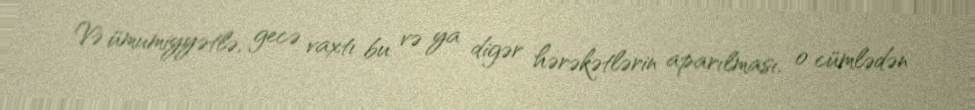
Və ümumiyyətlə, gecə vaxtı bu və ya digər hərəkətlərin aparılması, o cümlədən